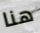
هنا